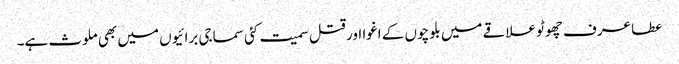
عطا عرف چھوٹو علاقے میں بلوچوں کے اغوا اور قتل سمیت کئی سماجی برائیوں میں بھی ملوث ہے۔